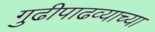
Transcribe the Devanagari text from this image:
गुढीपाढव्याच्या